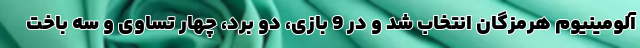
آلومینیوم هرمزگان انتخاب شد و در 9 بازی، دو برد، چهار تساوی و سه باخت